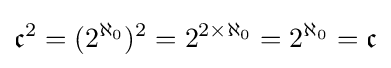
{\mathfrak {c}}^{2}=(2^{\aleph _{0}})^{2}=2^{2\times {\aleph _{0}}}=2^{\aleph _{0}}={\mathfrak {c}}